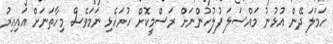
ހަމަލަ ދޭން އުޅުނު މައްސަލަ ފުލުހުންނަށް ރަސްމީކޮށް ހުށަހެޅި ނަމަވެސް މިހާތަނަށް އައިއިރު